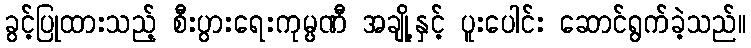
ခွင့်ပြုထားသည့် စီးပွားရေးကုမ္ပဏီ အချို့နှင့် ပူးပေါင်း ဆောင်ရွက်ခဲ့သည်။